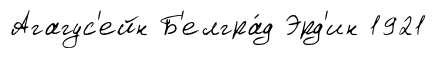
Агагус'ейн Б'елгра́д Эрд'ин 1921